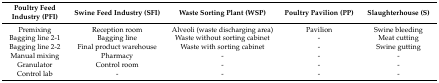
| Poultry Feed Industry (PFI) | Swine Feed Industry (SFI) | Waste Sorting Plant (WSP) | Poultry Pavilion (PP) | Slaughterhouse (S) |
 | --- | --- | --- | --- | --- |
 | Premixing | Reception room | Alveoli (waste discharging area) | Pavilion | Swine bleeding |
 | Bagging line 2-1 | Bagging line | Waste without sorting cabinet | - | Meat cutting |
 | Bagging line 2-2 | Final product warehouse | Waste with sorting cabinet | - | Swine gutting |
 | Manual mixing | Pharmacy | - | - | - |
 | Granulator | Control room | - | - | - |
 | Control lab | - | - | - | - |